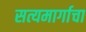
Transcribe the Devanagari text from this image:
सत्यमार्गाचा